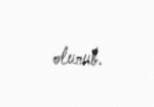
olunub.